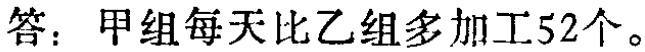
答：甲组每天比乙组多加工52个。